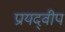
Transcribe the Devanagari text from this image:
प्रायद्‍वीप